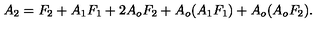
A _ { 2 } = F _ { 2 } + A _ { 1 } F _ { 1 } + 2 A _ { o } F _ { 2 } + A _ { o } ( A _ { 1 } F _ { 1 } ) + A _ { o } ( A _ { o } F _ { 2 } ) .